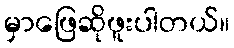
မှာဖြေဆိုဖူးပါတယ်။